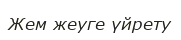
Жем жеуге үйрету